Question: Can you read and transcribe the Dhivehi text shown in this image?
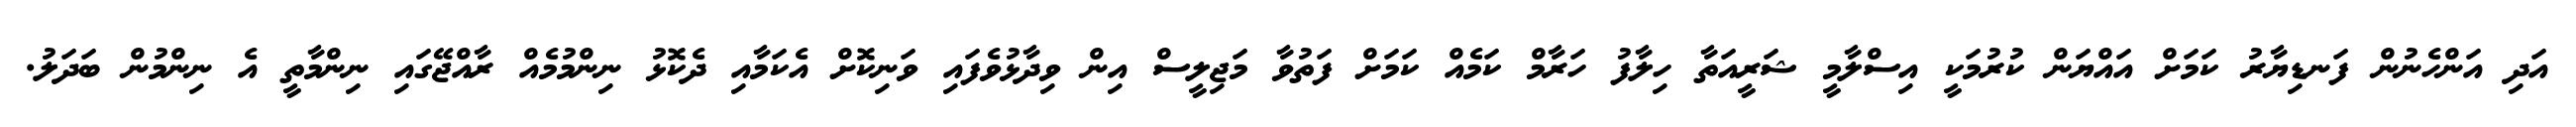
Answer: އަދި އަންހެނުން ފަނޑިޔާރު ކަމަށް އައްޔަން ކުރުމަކީ އިސްލާމީ ޝަރީއަތާ ހިލާފު ހަރާމް ކަމެއް ކަމަށް ފަތުވާ މަޖިލީސް އިން ވިދާޅުވެފައި ވަނިކޮށް އެކަމާއި ދެކޮޅު ނިންމުމެއް ރާއްޖޭގައި ނިންމާތީ އެ ނިންމުން ބަދަލު.